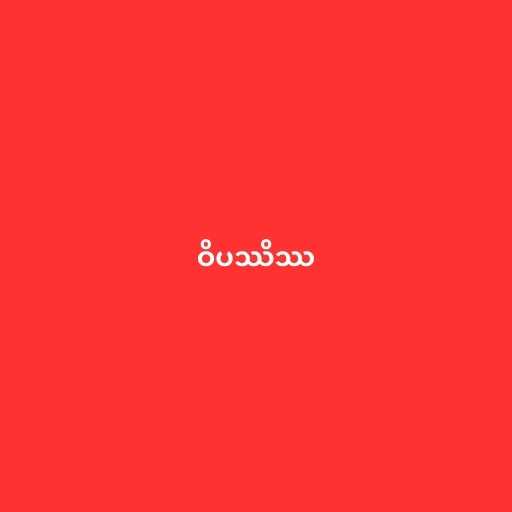
ဝိပဿိဿ